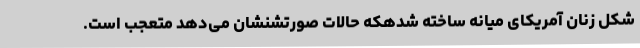
شکل زنان آمریکای میانه ساخته شدهکه حالات صورتشنشان می‌دهد متعجب است.